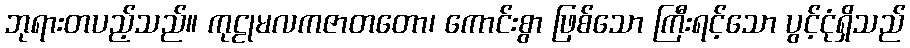
ဘုရားတပည့်သည်။ ကုဠုမလကဇာတတော၊ ကောင်းစွာ ဖြစ်သော ကြီးရင့်သော ပွင့်ငုံရှိသည်